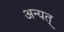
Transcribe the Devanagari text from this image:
अन्यत्